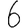
Digit: 6